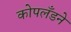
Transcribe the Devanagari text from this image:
कोपलँडने